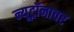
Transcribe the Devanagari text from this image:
न्यूट्रॉनावर